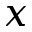
x